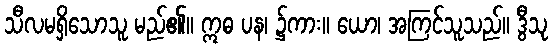
သီလမရှိသောသူ မည်၏။ ဣဓ ပန၊ ၌ကား။ ယော၊ အကြင်သူသည်။ ဒွီသု